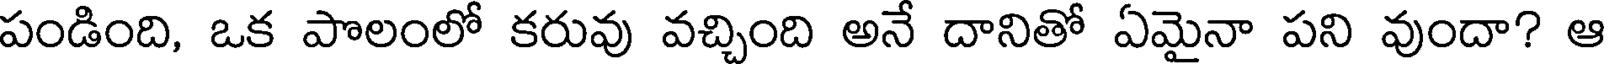
పండింది, ఒక పొలంలో కరువు వచ్చింది అనే దానితో ఏమైనా పని వుందా? ఆ